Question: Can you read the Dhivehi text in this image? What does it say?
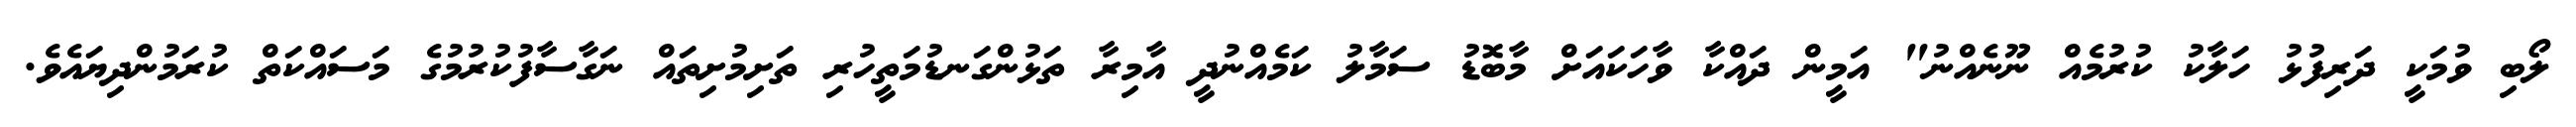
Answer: ލޯބި ވުމަކީ ދަރިފުޅު ހަލާކު ކުރުމެއް ނޫނެއްނު" އަމީން ދައްކާ ވާހަކައަށް މާބޮޑު ސަމާލު ކަމެއްނުދީ އާމިރާ ތަޅުންގަނޑުމަތީހުރި ތަށިމުށިތައް ނަގާސާފުކުރުމުގެ މަސައްކަތް ކުރަމުންދިޔައެވެ.